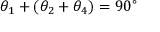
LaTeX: \theta _ { 1 } + ( \theta _ { 2 } + \theta _ { 4 } ) = 9 0 ^ { \circ }